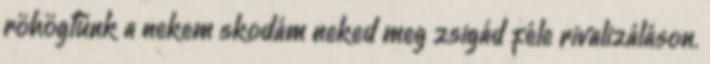
röhögtünk a nekem skodám neked meg zsigád féle rivalizáláson.